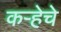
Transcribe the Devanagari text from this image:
कऱ्हेचे